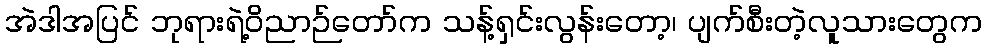
အဲဒါအပြင် ဘုရားရဲ့ဝိညာဉ်တော်က သန့်ရှင်းလွန်းတော့၊ ပျက်စီးတဲ့လူသားတွေက